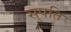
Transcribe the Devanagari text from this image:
सुपति